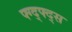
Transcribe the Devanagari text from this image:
फ्ग्द्फ्द्स